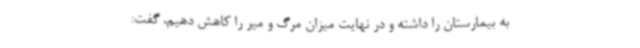
به بیمارستان را داشته و در نهایت میزان مرگ و میر را کاهش دهیم، گفت: